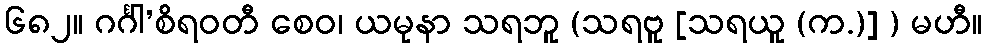
၆၈၂။ ဂင်္ဂါ’စိရဝတီ စေဝ၊ ယမုနာ သရဘူ (သရဗူ [သရယူ (က.)] ) မဟီ။